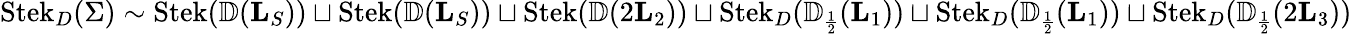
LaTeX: \operatorname{Stek}_{D}(\Sigma)\sim\operatorname{Stek}({\mathbb{D}}(\mathbf L_{S}))\sqcup\operatorname{Stek}({\mathbb{D}}(\mathbf L_{S}))\sqcup\operatorname{Stek}({\mathbb{D}}(2\mathbf L_{2}))\sqcup\operatorname{Stek}_{D}({\mathbb{D}}_{\scriptscriptstyle{\frac{1}{2}}}(\mathbf L_{1}))\sqcup\operatorname{Stek}_{D}({\mathbb{D}}_{\scriptscriptstyle{\frac{1}{2}}}(\mathbf L_{1}))\sqcup\operatorname{Stek}_{D}({\mathbb{D}}_{\scriptscriptstyle{\frac{1}{2}}}(2\mathbf L_{3}))